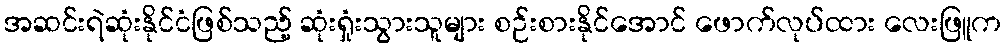
အဆင်းရဲဆုံးနိုင်ငံဖြစ်သည့် ဆုံးရှုံးသွားသူများ စဉ်းစားနိုင်အောင် ဖောက်လုပ်ထား လေးဖြူက